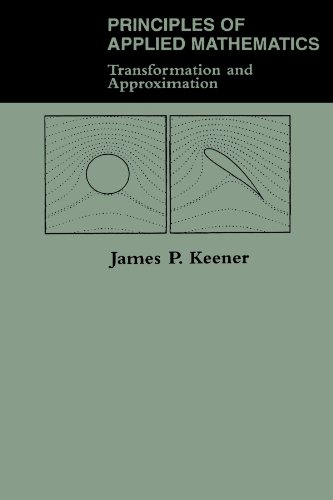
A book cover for Principles Of Applied Mathematics: Transformation And Approximation; James P. Keener; Science & Math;